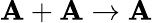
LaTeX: \mathbf{A}+\mathbf{A}\rightarrow\mathbf{A}